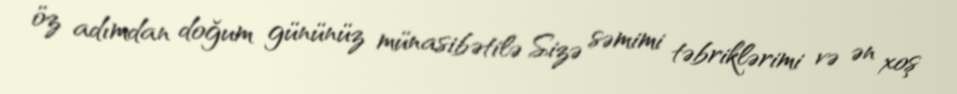
öz adımdan doğum gününüz münasibətilə Sizə səmimi təbriklərimi və ən xoş